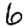
Digit: 6